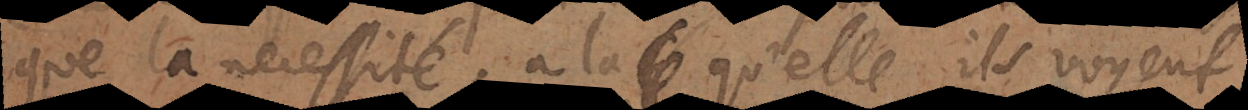
que la necessité, à laquelle ils voyent